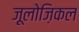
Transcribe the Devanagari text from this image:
ज़ूलोज़िकल